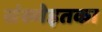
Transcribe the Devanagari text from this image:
संख्येइतका